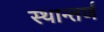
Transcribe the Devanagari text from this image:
स्थान्तर्ण